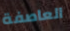
العاصفة